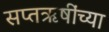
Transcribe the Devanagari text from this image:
सप्तऋषींच्या